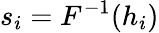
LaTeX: s_{i}=F^{-1}(h_{i})